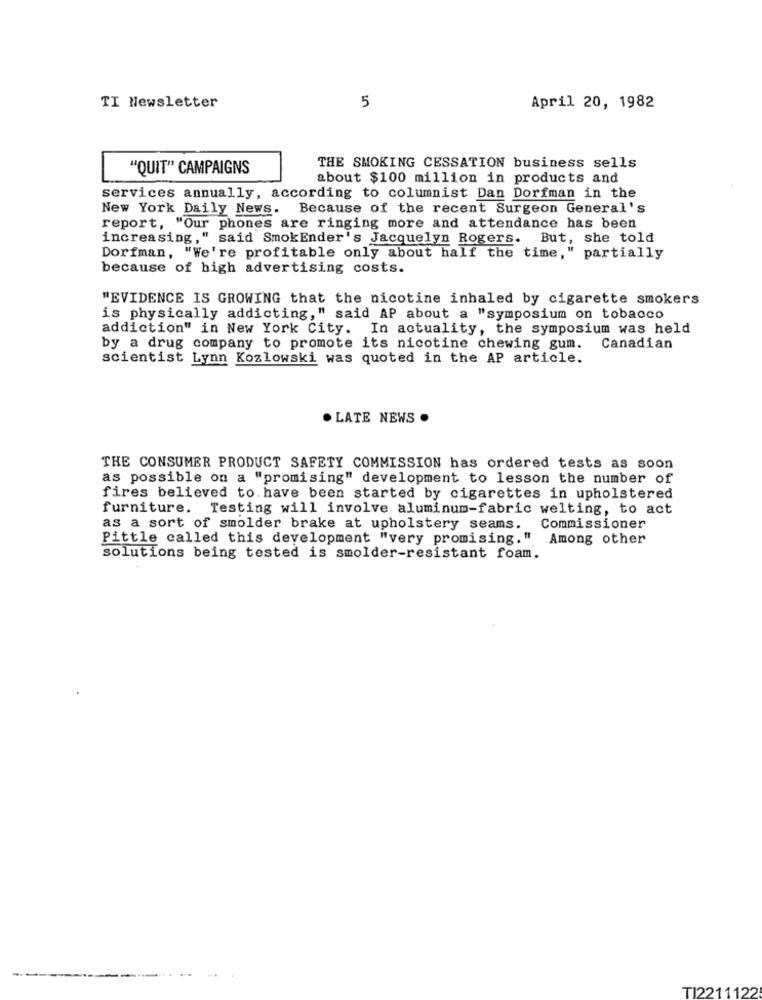
TI Newsletter
5
April 20, 1982
"QUIT" CAMPAIGNS
THE SMOKING CESSATION business sells
about $100 million in products and
services annually, according to columnist Dan Dorfman in the
New York Daily News. Because of the recent Surgeon General's
report, "Our phones are ringing more and attendance has been
increasing," said SmokEnder's Jacquelyn Rogers. But, she told
Dorfman, "We're profitable only about half the time," partially
because of high advertising costs.
"EVIDENCE IS GROWING that the nicotine inhaled by cigarette smokers
is physically addicting," said AP about a "symposium on tobacco
addiction" in New York City. In actuality, the symposium was held
by a drug company to promote its nicotine chewing gum.
Canadian
scientist Lynn Kozlowski was quoted in the AP article.
. LATE NEWS .
THE CONSUMER PRODUCT SAFETY COMMISSION has ordered tests as soon
as possible on a "promising" development to lesson the number of
fires believed to. have been started by cigarettes in upholstered
furniture. Testing will involve aluminum-fabric welting, to act
as a sort of smolder brake at upholstery seams. Commissioner
Pittle called this development "very promising."
Among other
solutions being tested is smolder-resistant foam.
TI2211122